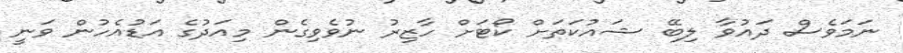
ނަމަވެސް ދައުވާ ލިބޭ ޝައުކަތަށް ކޯޓަށް ހާޒިރު ނުވެވިގެން މިއަދުގެ އަޑުއެހުން ވަނީ